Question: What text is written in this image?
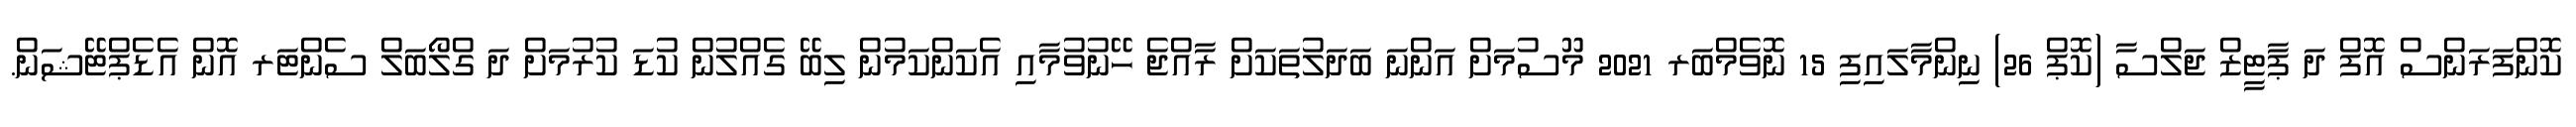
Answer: ކޮންފަރަންސް އޮފް ދަ ޕާޓީޒް ޖަލްސާ (ކޮޕް 26) ނިންމާލައިފި 15 ނޮވެމްބަރ 2021 މޫސުމަށް އަންނަ ބަދަލުތަކަށް ރާއްޖެ ހޭނުވުމާއި އެކަންކަމުން ލިބޭ ގެއްލުން ކުޑަ ކުރުމަށް ދަ ގްލޯބަލް ސެންޓަރ އޮން އެޑެޕްޓޭޝަން.